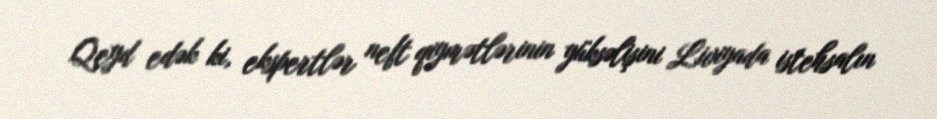
Qeyd edək ki, ekspertlər neft qiymətlərinin yüksəlişini Liviyada istehsalın